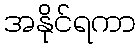
အနိုင်ရကာ